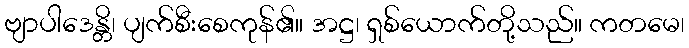
ဗျာပါဒေန္တိ၊ ပျက်စီးစေကုန်၏။ အဋ္ဌ၊ ရှစ်ယောက်တို့သည်။ ကတမေ၊